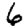
Digit: 6